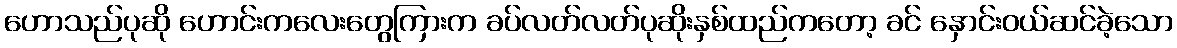
ဟောသည်ပုဆို ဟောင်းကလေးတွေကြားက ခပ်လတ်လတ်ပုဆိုးနှစ်ထည်ကတော့ ခင် နှောင်းဝယ်ဆင်ခဲ့သော